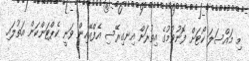
މި މައްސަލަ ކޯޓަށް ފޮނުވުމުގެ އިތުރަށް އިނގިރޭސި އެފްއޭއިން ވަނީ ކެޕްޓަންކަން އަތުލައި